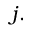
j .